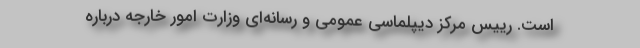
است. رییس مرکز دیپلماسی عمومی و رسانه‌ای وزارت امور خارجه درباره